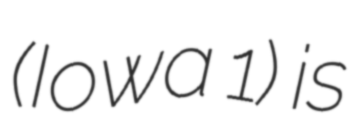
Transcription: (Iowa 1) is